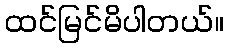
ထင်မြင်မိပါတယ်။